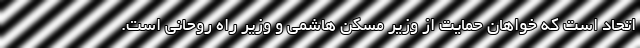
اتحاد است که خواهان حمایت از وزیر مسکن هاشمی و وزیر راه روحانی است.